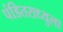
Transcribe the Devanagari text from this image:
पंडितराध्युला